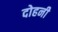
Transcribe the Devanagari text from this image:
दोहनी